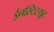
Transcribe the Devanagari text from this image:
ईनस्टिटयूट